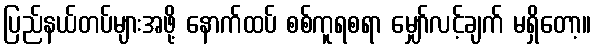
ပြည်နယ်တပ်များအဖို့ နောက်ထပ် စစ်ကူရစရာ မျှော်လင့်ချက် မရှိတော့။